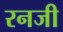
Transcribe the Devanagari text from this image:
रनजी